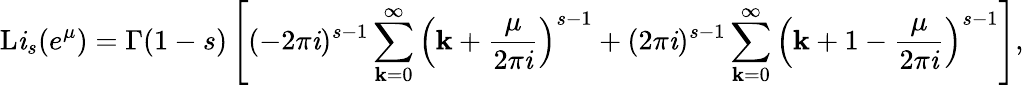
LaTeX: \operatorname{L\mathit{i}}_{s}(e^{\mu})=\Gamma(1-s)\left[(-2\pi\mathit{i})^{s-1}\sum_{\mathbf{k}=0}^{\infty}\left(\mathbf{k}+{\frac{{\mu}}{{2\pi\mathit{i}}}}\right)^{s-1}+(2\pi\mathit{i})^{s-1}\sum_{\mathbf{k}=0}^{\infty}\left(\mathbf{k}+1-{\frac{{\mu}}{{2\pi\mathit{i}}}}\right)^{s-1}\right],